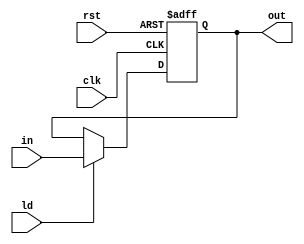
module reg_8bit
(
    input clk,
    input rst,
    input ld,
    input[7:0] in,
    output reg[7:0] out
);
    always@ (posedge clk or posedge rst)
        begin
            if(rst)
	     	    out = 0;
            else if(ld)
                out = in;
            else
                out = out;
        end
endmodule